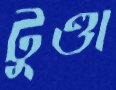
টুণ্ডা